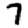
Digit: 7